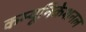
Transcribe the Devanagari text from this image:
कम्यूनिकेशनल